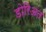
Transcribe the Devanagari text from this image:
डोरिअत